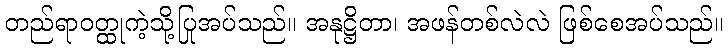
တည်ရာဝတ္ထုကဲ့သို့ပြုအပ်သည်။ အနုဋ္ဌိတာ၊ အဖန်တစ်လဲလဲ ဖြစ်စေအပ်သည်။